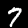
Label: 7